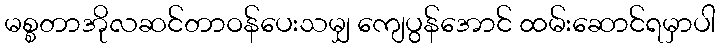
မစ္စတာအိုလဆင်တာဝန်ပေးသမျှ ကျေပွန်အောင် ထမ်းဆောင်ရမှာပါ